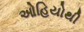
ઓહિયોથી